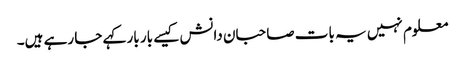
معلوم نہیں یہ بات صاحبان دانش کیسے بار بار کہے جا رہے ہیں۔